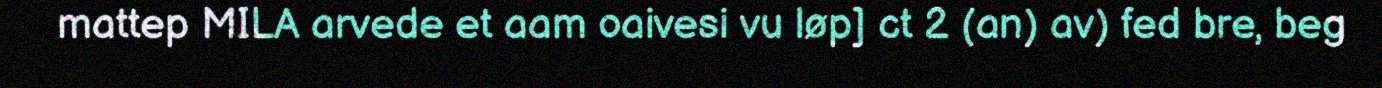
mattep MILA arvede et aam oaivesi vu løp] ct 2 (an) av) fed bre, beg